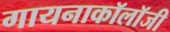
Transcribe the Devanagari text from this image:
गायनाकॉलॉजी